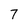
Character: 7